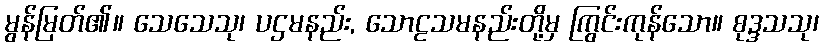
မွန်မြတ်၏။ သေသေသု၊ ပဌမနည်း, သောဠသမနည်းတို့မှ ကြွင်းကုန်သော။ စုဒ္ဒသသု၊